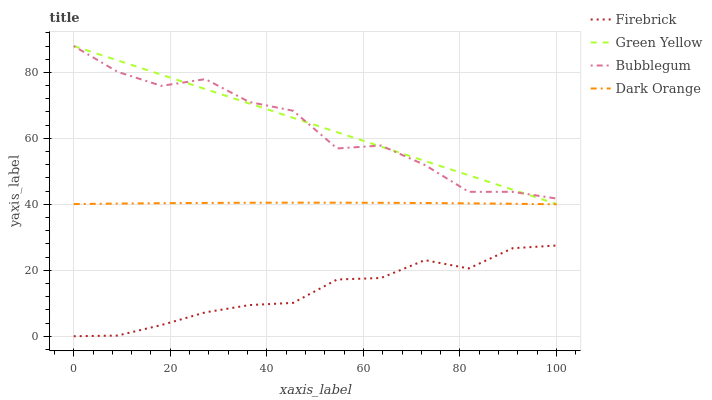
| xaxis_label | Firebrick | Green Yellow | Bubblegum | Dark Orange |
 | --- | --- | --- | --- | --- |
 | 0 | 0 | 88 | 88 | 40.1 |
 | 9.09 | 0.211 | 83.6 | 80.2 | 40.2 |
 | 18.2 | 3.41 | 79.3 | 75.9 | 40.3 |
 | 27.3 | 7.25 | 74.9 | 78 | 40.4 |
 | 36.4 | 9.45 | 70.6 | 71 | 40.5 |
 | 45.5 | 10.1 | 66.2 | 68.4 | 40.5 |
 | 54.5 | 17.2 | 61.9 | 56.9 | 40.5 |
 | 63.6 | 17.7 | 57.5 | 57.8 | 40.5 |
 | 72.7 | 23.1 | 53.2 | 51.9 | 40.4 |
 | 81.8 | 20.6 | 48.8 | 43.8 | 40.3 |
 | 90.9 | 26.7 | 44.4 | 43.8 | 40.2 |
 | 100 | 27.5 | 40.1 | 41.7 | 40 |